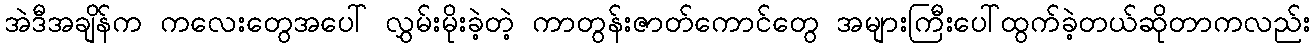
အဲဒီအချိန်က ကလေးတွေအပေါ် လွှမ်းမိုးခဲ့တဲ့ ကာတွန်းဇာတ်ကောင်တွေ အများကြီးပေါ်ထွက်ခဲ့တယ်ဆိုတာကလည်း